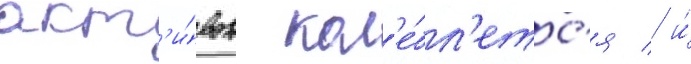
акт'и́вов кол'е́бл'етс'я / и́